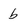
Character: b